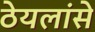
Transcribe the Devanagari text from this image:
ठेयलांसे